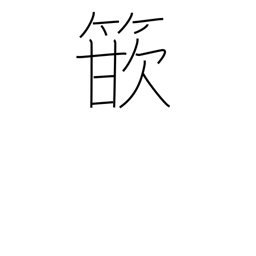
Meaning: inlay